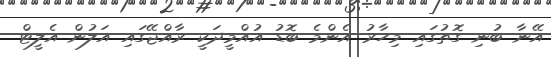
އޭނާ ބުނި ގޮތުގައި މިހާރު އެންމެ ބޮޑު އުއްމީދަކީ ރާއްޖޭގައި އަލުން އެލީޓް